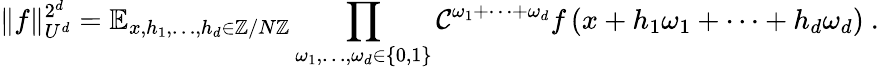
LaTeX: \Vert f\Vert_{U^{d}}^{2^{d}}=\mathbb{E}_{x,h_{1},\ldots,h_{d}\in\mathbb{Z}/N\mathbb{Z}}\prod_{\omega_{1},\ldots,\omega_{d}\in\{ 0,1\} }\mathcal{C}^{\omega_{1}+\cdots+\omega_{d}}f\left({x+h_{1}\omega_{1}+\cdots+h_{d}\omega_{d}}\right)\ .